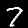
Label: 7